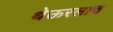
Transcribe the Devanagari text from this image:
थेऊरलाच